Scottish Leaving Certificate Examination, 1956
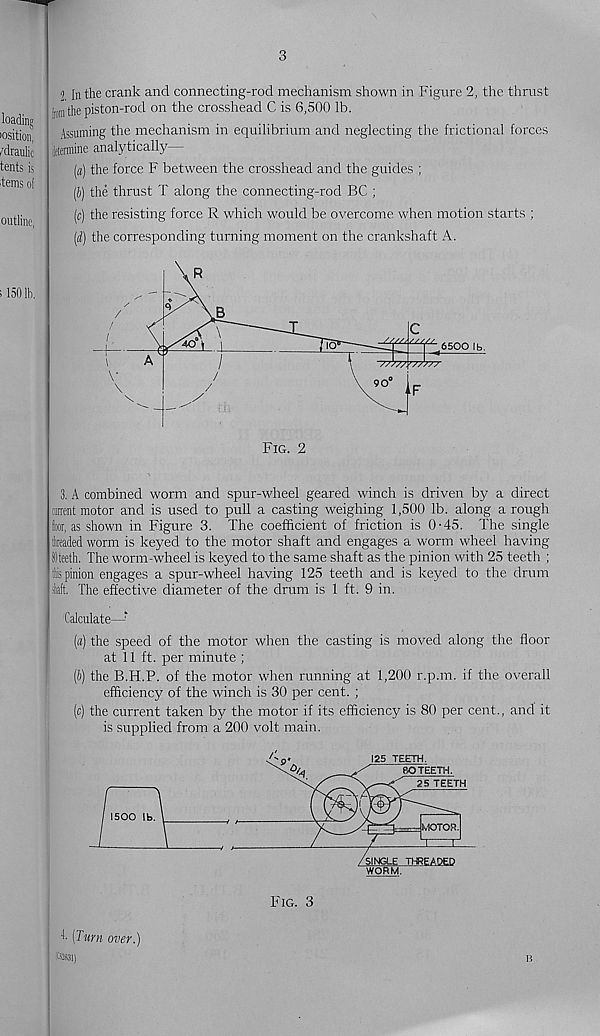
3
i In the crank and connecting-rod mechanism shown in Figure 2, the thrust
Iromthe piston-rod on the crosshead C is 6,500 lb.
Assuming the mechanism in equilibrium and neglecting the frictional forces
Jftermine analytically—
(«) the force F between the crosshead and the guides ;
(I>) the thrust T along the connecting-rod BC ;
(c) the resisting force R which would be overcome when motion starts ;
(d) the corresponding turning moment on the crankshaft A.
Fig. 2
3. A combined worm and spur-wheel geared winch is driven by a direct
nirrent motor and is used to pull a casting weighing 1,500 lb. along a rough
loor, as shown in Figure 3. The coefficient of friction is 0-45. The single
ttaaded worm is keyed to the motor shaft and engages a worm wheel having
Iteeth. The worm-wheel is keyed to the same shaft as the pinion with 25 teeth ;
llis pinion engages a spur-wheel having 125 teeth and is keyed to the drum
ikaft. The effective diameter of the drum is 1 ft. 9 in.
Calculate—
(«) the speed of the motor when the casting is moved along the floor
at 11 ft. per minute ;
(b) the B.H.P. of the motor when running at 1,200 r.p.m. if the overall
efficiency of the winch is 30 per cent. ;
(c) the current taken by the motor if its efficiency is 80 per cent., and it
is supplied from a 200 volt main.
1500
1 (Turn over.)
tei)